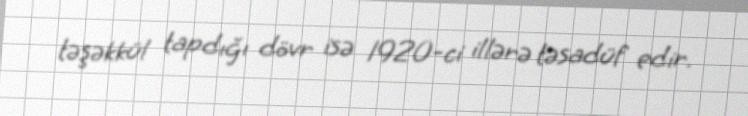
təşəkkül tapdığı dövr isə 1920-ci illərə təsadüf edir.